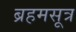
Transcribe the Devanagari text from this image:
ब्रहमसूत्र